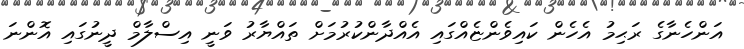
އަންހެނާގެ ރަޙިމު އެހެން ކައިވެންޏެއްގައި އެއްދާންކުރުމަށް ތައްޔާރު ވަނީ އިސްލާމް ދީނުގައި އޮންނަ